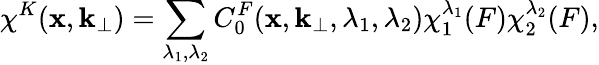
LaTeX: \chi^{K}(\mathbf{x},{\mathbf{k}}_{\perp})=\sum_{\lambda_{1},\lambda_{2}}C_{0}^{F}(\mathbf{x},{\mathbf{k}}_{\perp},\lambda_{1},\lambda_{2})\chi_{1}^{\lambda_{1}}(F)\chi_{2}^{\lambda_{2}}(F),